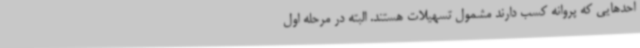
احدهایی که پروانه کسب دارند مشمول تسهیلات هستند. البته در مرحله اول